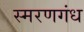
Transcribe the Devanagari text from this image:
स्मरणगंध